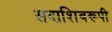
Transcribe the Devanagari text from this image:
सदाशिवरूपी